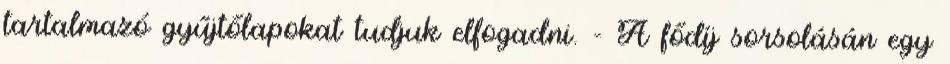
tartalmazó gyűjtőlapokat tudjuk elfogadni. - A fődíj sorsolásán egy